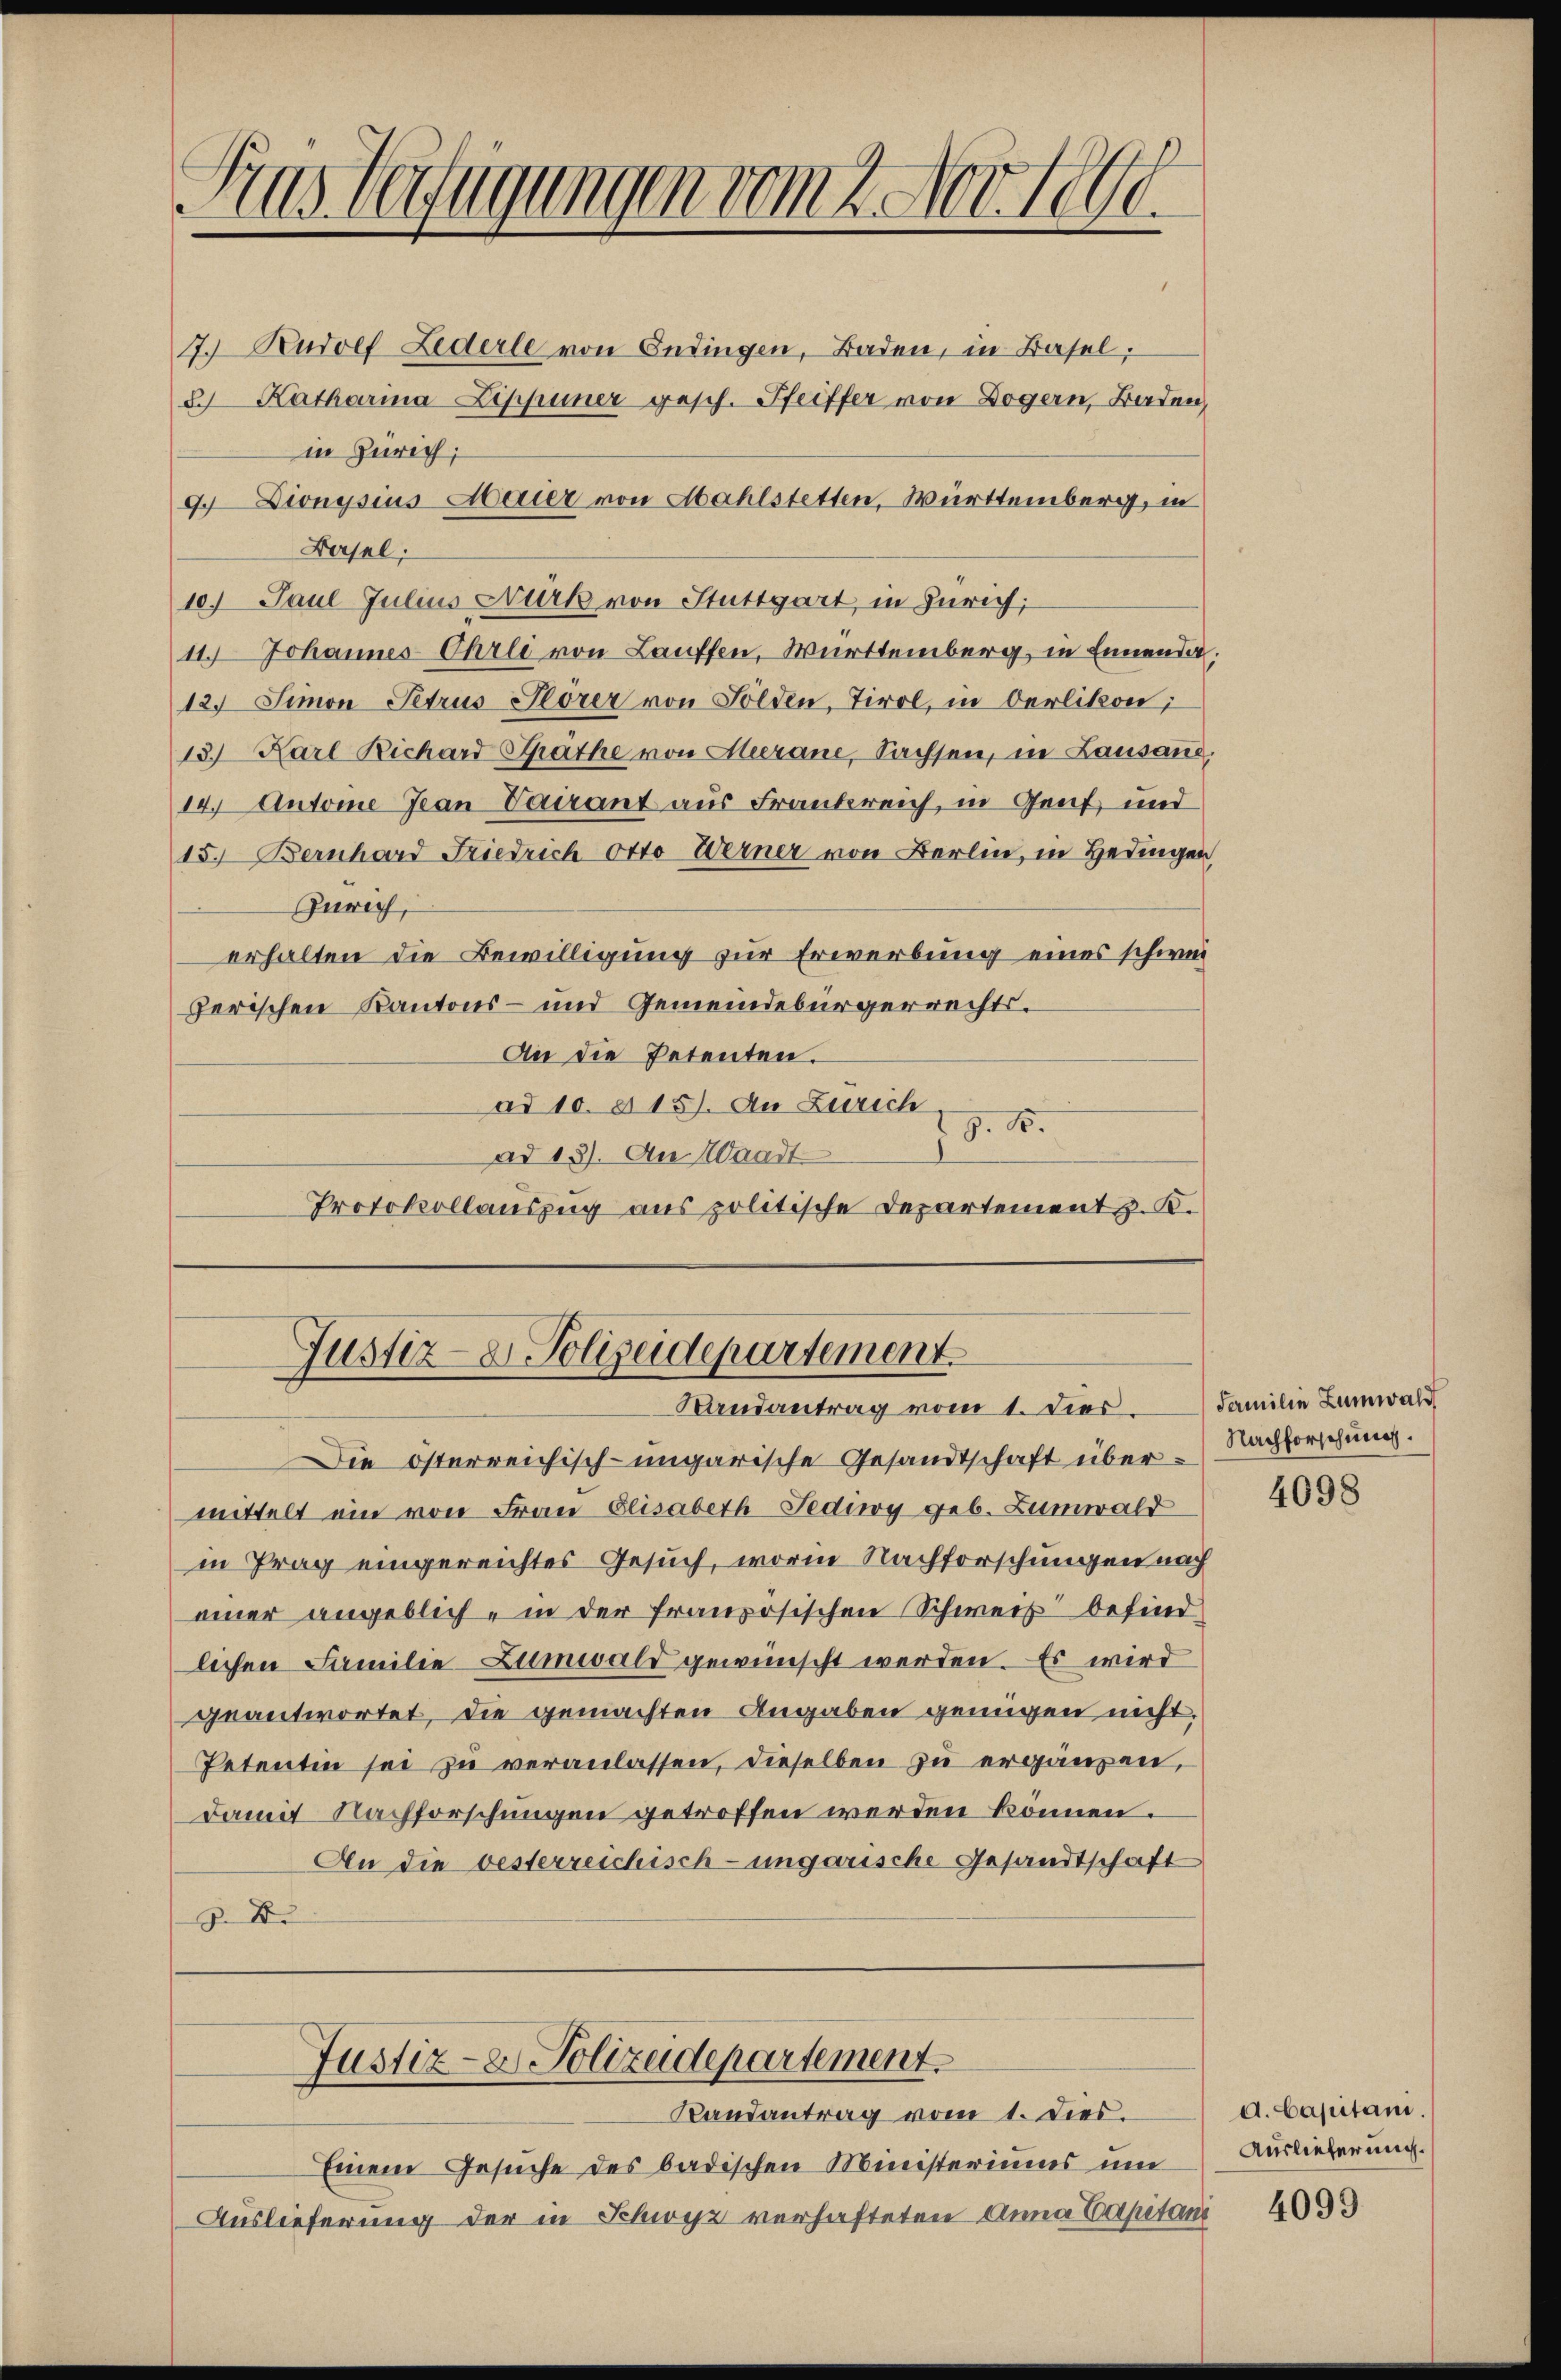
Das Verfügungen vom 2. Nov. 1890.

7.) Rudolf Lederle von Endingen, Baden, in Basel,
2. Katharina Lippener gesch. Pfeiffer von Dogern, Baden,
in Zürich;
9 Dionysius Maier von Mahlstetten, Württemberg, in
Basel;
10. Paul Julius Nürk von Stuttgart, in Zürich;
11.) Johannes Ohrli von Lauffen, Württemberg, in Ennende,
12.) Simon Petrus Hörer von Solden, Tirol, in Oerlikon;
13) Karl Richard Rathe von Herane, Sachsen, in Lausane.
14. Antoine Jean Vairant aus Frankreich, in Genf und
15.) Bernhard Friedrich Otto Werner von Berlin, in Hedingen,
Zürich,
erhalten die Bewilligung zur Erwerbung eines schweiferischen Kantons- und Gemeindebürgerrechts¬
An die Petenten.
ad 10. u 15. An Zürich
§. 15.
ad 13). An Waadt
Protokollauszug aus politische Departement z. K.

Justiz-D. Polizeidepartement.
Randantrag vom 1. dies. Familie Lamwald

Die österreichisch-ungarische Gesandtschaft über-Nachforschung.
mittelt ein von Frau Elisabeth-Feding geb. Zumwald
in Prag eingereichtes Gesuch, worin Nachforschungen nach
einer angeblich - in der französischen Schweiz befind
lichen Familie Zumwald gewünscht werden. Es wird
geantwortet, die gemachten Angaben genügen nicht,
Petentin sei zu veranlassen, dieselben zu ergänzen,
damit Nachforschungen getroffen werden können.
An die besterreichisch-ungarische Gesandtschaft
D
Justiz- & Polizeidepartement.
Randantrag vom 1. dies.
Einem Gesuche des badischen Ministeriums um
Auslieferung der in Schwyz verhafteten Anna Capitant

4098

d. Capitani.
Auslieferung.

4099